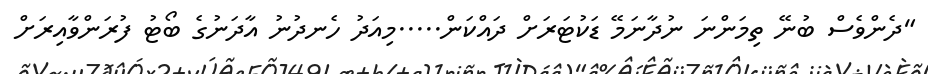
"ދެންވެސް ބުނޭ ތިމަންނަ ނުދާނަމޭ ޑަކުޓަރަށް ދައްކަން.....މިއަދު ހެނދުނު އާދަނުގެ ބޯޓު ފުރަންވާއިރަށް